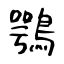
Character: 鶚